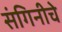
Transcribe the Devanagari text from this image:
संगिनीचे